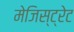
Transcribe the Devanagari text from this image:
मेजिस्ट्रेट